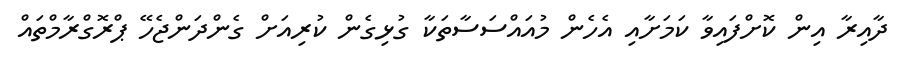
ދާއިރާ އިން ކޮށްފައިވާ ކަމަށާއި އެހެން މުއައްސަސާތަކާ ގުޅިގެން ކުރިއަށް ގެންދަންޖެހޭ ޕްރޮގްރާމްތައް